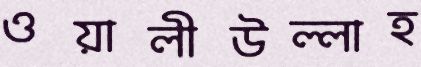
ওয়ালীউল্লাহ